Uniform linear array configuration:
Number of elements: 48
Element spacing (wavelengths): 0.75
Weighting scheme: cosine
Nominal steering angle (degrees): -60
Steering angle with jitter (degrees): -58.372
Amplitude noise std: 0.05
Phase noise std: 0.05

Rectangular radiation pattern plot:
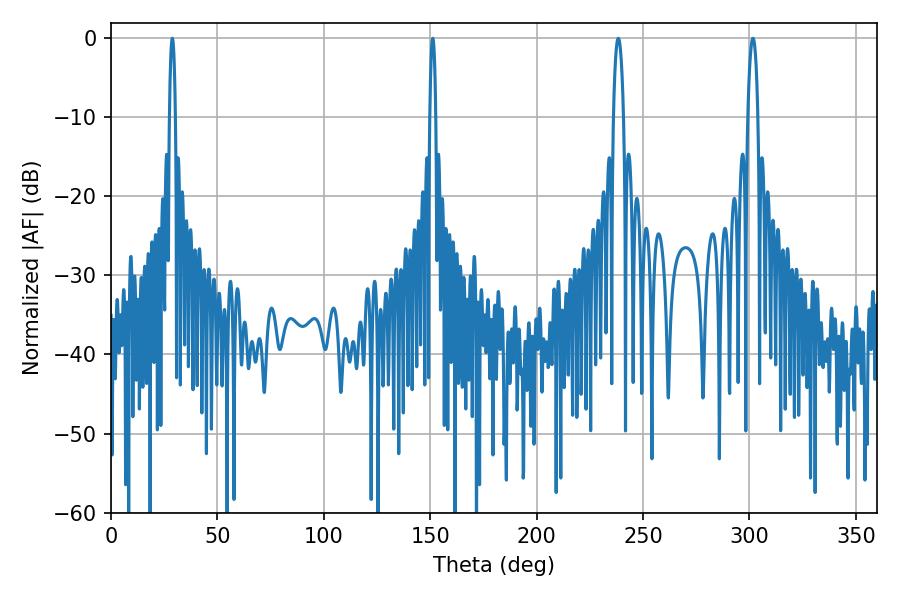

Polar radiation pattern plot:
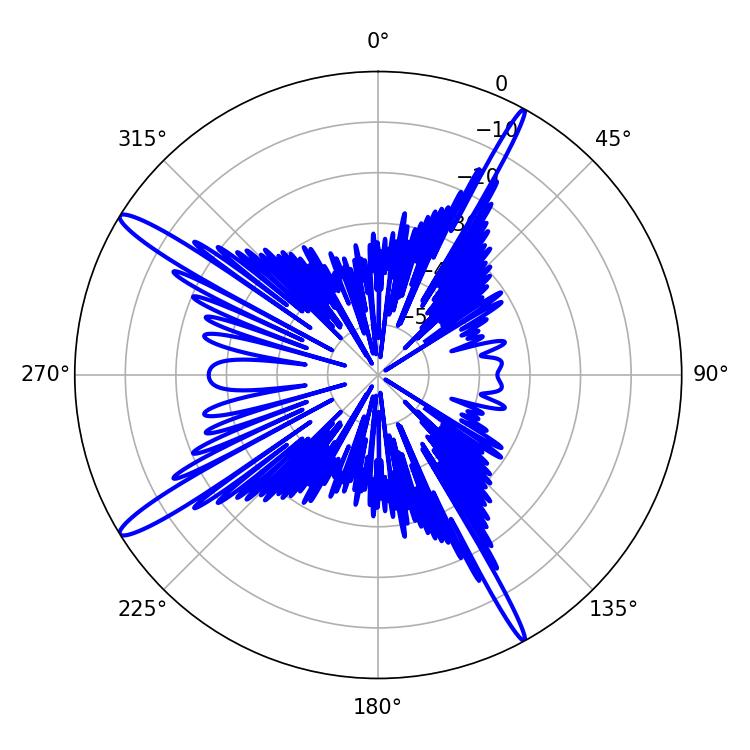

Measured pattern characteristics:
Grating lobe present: TRUE
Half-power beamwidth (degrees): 1.44
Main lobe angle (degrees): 28.8